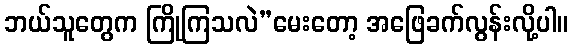
ဘယ်သူတွေက ကြိုကြသလဲ”မေးတော့ အဖြေခက်လွန်းလို့ပါ။